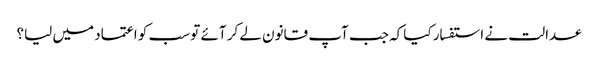
عدالت نے استفسار کیا کہ جب آپ قانون لے کر آئے تو سب کو اعتماد میں لیا؟